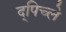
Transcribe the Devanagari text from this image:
द्पिच्ले